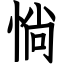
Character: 惝